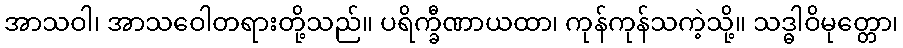
အာသဝါ၊ အာသဝေါတရားတို့သည်။ ပရိက္ခီဏာယထာ၊ ကုန်ကုန်သကဲ့သို့။ သဒ္ဓါဝိမုတ္တော၊